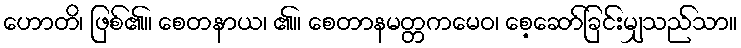
ဟောတိ၊ ဖြစ်၏။ စေတနာယ၊ ၏။ စေတာနမတ္တကမေဝ၊ စေ့ဆော်ခြင်းမျှသည်သာ။